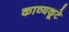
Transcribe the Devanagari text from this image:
काव्यकूटे